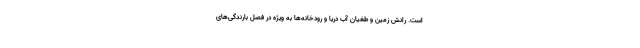
است. رانش زمین و طغیان آب دریا و رودخانه‌ها به ویژه در فصل بارندگی‌های